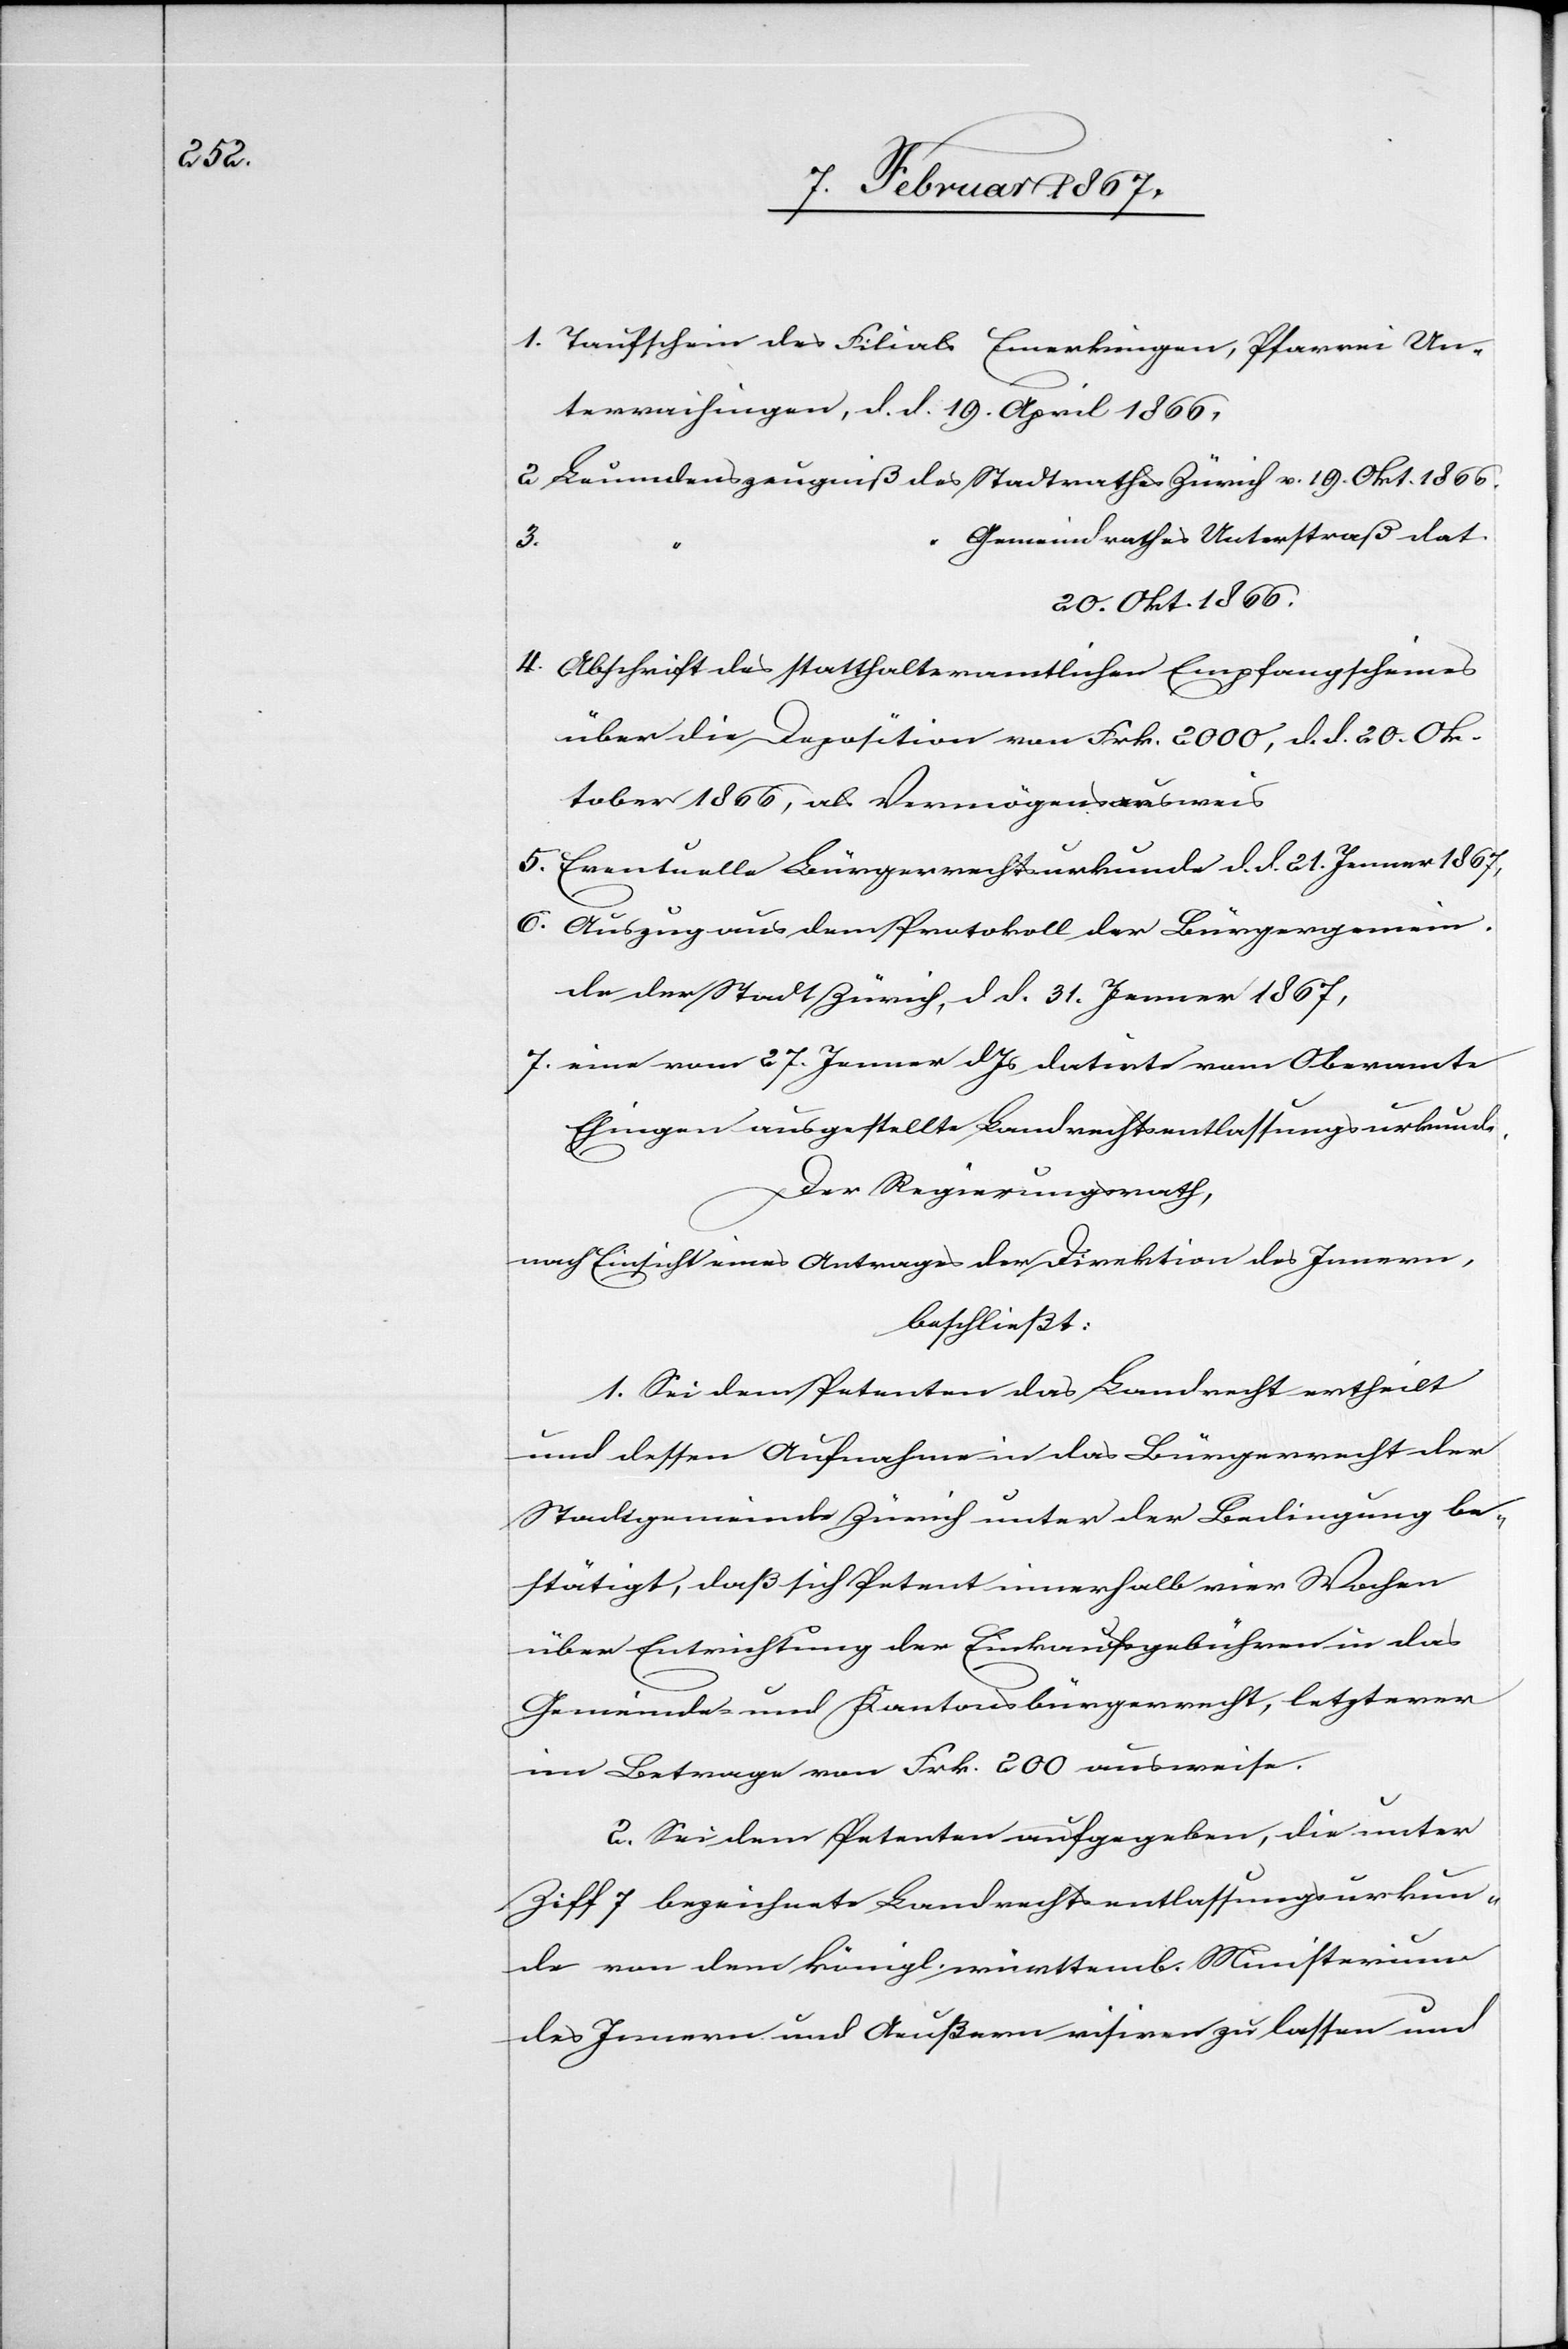
1. Taufschein des Filials Emerkingen, Pfarrei Un¬
terwaichingen, d. d. 19. April 1866,
2 Leumdenszeugniß des Stadtrathes Zürich v. 19. Okt. 1866.
Gemeindrathes Unterstraß dat.
3.
20. Okt. 1866.
4. Abschrift des statthalteramtlichen Empfangscheines
über die Deposition von Frk. 2000, d. d. 20. Ok¬
tober 1866, als Vermögensausweis
5. Eventuelle Bürgerrechtsurkunde d. d. 21. Jenner 1867,
6. Auszug aus dem Protokoll der Bürgergemein¬
de der Stadt Zürich, d d. 31. Jenner 1867,
7. eine vom 27. Jenner d. Js datirte vom Oberamte
Ehingen ausgestellte Landrechtsentlassungsurkunde,
Der Regierungsrath,
nach Einsicht eines Antrages der Direktion des Innern,
beschließt:
1. Sei dem Petenten das Landrecht ertheilt
und dessen Aufnahme in das Bürgerrecht der
Stadtgemeinde Zürich unter der Bedingung be¬
stätigt, daß sich Petent innerhalb vier Wochen
über Entrichtung der Einkaufsgebühren in das
Gemeinde- und Kantonsbürgerrecht, letzterer
im Betrage von Frk. 200 ausweise.
2. Sei dem Petenten aufgegeben, die unter
Ziff 7 bezeichnete Landrechtsentlassungsurkun¬
de von dem königl. württemb. Ministerium
des Innern und Aeußern visiren zu lassen und